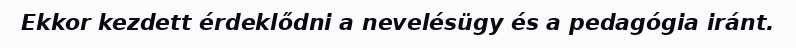
Ekkor kezdett érdeklődni a nevelésügy és a pedagógia iránt.